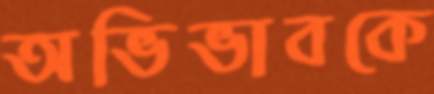
অভিভাবকে